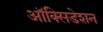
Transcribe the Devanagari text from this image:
ऑक्सिडेशन